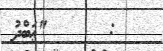
:      "ޢަބްދު